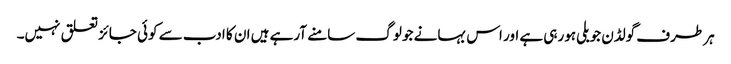
ہر طرف گولڈن جوبلی ہورہی ہے اور اس بہانے جو لوگ سامنے آرہے ہیں ان کا ادب سے کوئی جائز تعلق نہیں۔